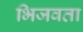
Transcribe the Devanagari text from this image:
भिजवता